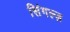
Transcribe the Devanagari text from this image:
सिंगल्ज़